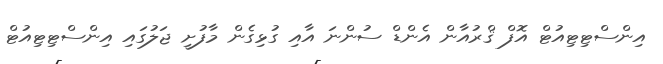
އިންސްޓިޓިއުޓް އޮފް ޤްރުއާން އެންޑް ސުންނަ އާާއި ގުޅިގެން މާފުށީ ޖަލުގައި އިންސްޓިޓިއުޓް